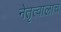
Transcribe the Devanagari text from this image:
नेतृत्वालाच